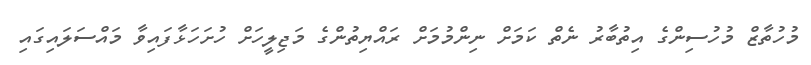
މުހުތާޒް މުހުސިންގެ އިތުބާރު ނެތް ކަމަށް ނިންމުމަށް ރައްޔިތުންގެ މަޖިލީހަށް ހުށަހަޅާފައިވާ މައްސަލައިގައި